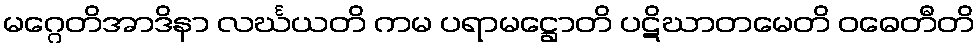
မဂ္ဂေတိအာဒိနာ လင်္ဃယတိ ကမ ပရာမဋ္ဌောတိ ပဋိဃာတမေတိ ဝဓေတီတိ